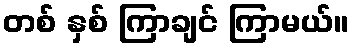
တစ် နှစ် ကြာချင် ကြာမယ်။